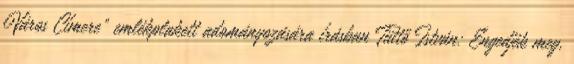
Város Címere” emlékplakett adományozására írásban Tüttő István: Engedjék meg,